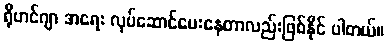
ရိုဟင်ဂျာ အရေး လုပ်ဆောင်ပေးနေတာလည်းဖြစ်နိုင် ပါတယ်။